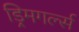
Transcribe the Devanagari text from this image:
ड्रिमगर्ल्स